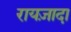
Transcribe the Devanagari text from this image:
रायज़ादा